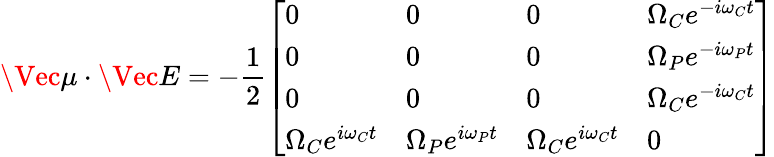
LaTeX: \Vec{\mu}\cdot\Vec{E}=-\frac{1}{2}\left[\begin{array}{llll}{0}&{0}&{0}&{\Omega_{C}e^{-i\omega_{C}t}}\\ {0}&{0}&{0}&{\Omega_{P}e^{-i\omega_{P}t}}\\ {0}&{0}&{0}&{\Omega_{C}e^{-i\omega_{C}t}}\\ {\Omega_{C}e^{i\omega_{C}t}}&{\Omega_{P}e^{i\omega_{P}t}}&{\Omega_{C}e^{i\omega_{C}t}}&{0}\end{array}\right]